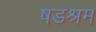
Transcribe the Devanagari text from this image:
षडश्रम